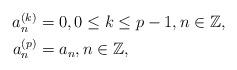
LaTeX: \begin{align*}\begin{aligned}a_{n}^{(k)} & =0,0\leq k\leq p-1,n\in\mathbb{Z},\\a_{n}^{(p)} & =a_{n},n\in\mathbb{Z},\end{aligned}\end{align*}